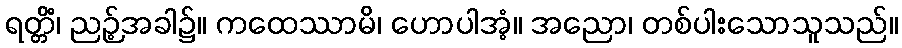
ရတ္တိံ၊ ညဉ့်အခါ၌။ ကထေဿာမိ၊ ဟောပါအံ့။ အညော၊ တစ်ပါးသောသူသည်။